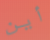
أين